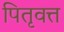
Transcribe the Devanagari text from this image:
पितृवत्त